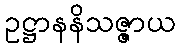
ဥဋ္ဌာနနိသဇ္ဇာယ